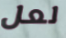
لعل